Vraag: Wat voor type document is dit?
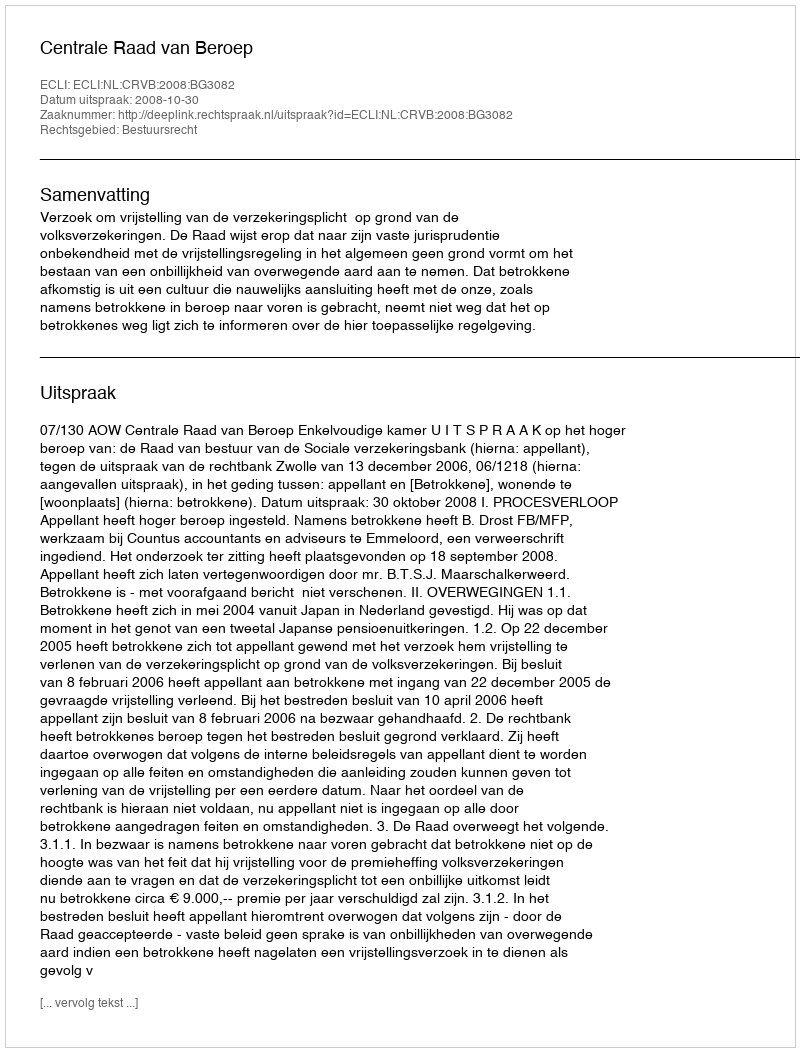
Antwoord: Uitspraak